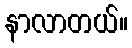
နာလာတယ်။